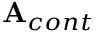
\mathbf { A } _ { c o n t }